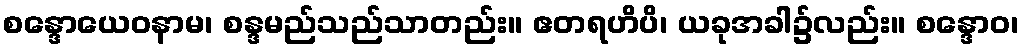
စန္ဒောယေဝနာမ၊ စန္ဒမည်သည်သာတည်း။ ဧတရဟိပိ၊ ယခုအခါ၌လည်း။ စန္ဒောဝ၊